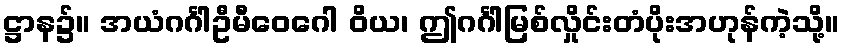
ဋ္ဌာန၌။ အယံဂင်္ဂါဦမီဝေဂေါ ဝိယ၊ ဤဂင်္ဂါမြစ်လှိုင်းတံပိုးအဟုန်ကဲ့သို့။